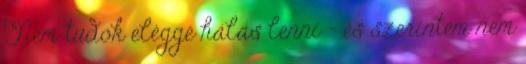
Nem tudok eléggé hálás lenni - és szerintem nem